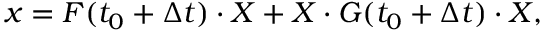
\boldsymbol { x } = \boldsymbol { F } ( t _ { 0 } + \Delta t ) \cdot \boldsymbol { X } + \boldsymbol { X } \cdot \boldsymbol { G } ( t _ { 0 } + \Delta t ) \cdot \boldsymbol { X } ,